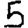
Digit: 5